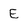
Character: E